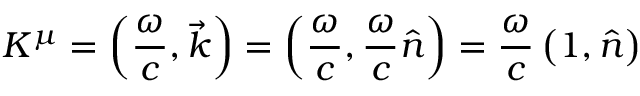
K ^ { \mu } = \left( { \frac { \omega } { c } } , { \vec { k } } \right) = \left( { \frac { \omega } { c } } , { \frac { \omega } { c } } { \hat { n } } \right) = { \frac { \omega } { c } } \left( 1 , { \hat { n } } \right)